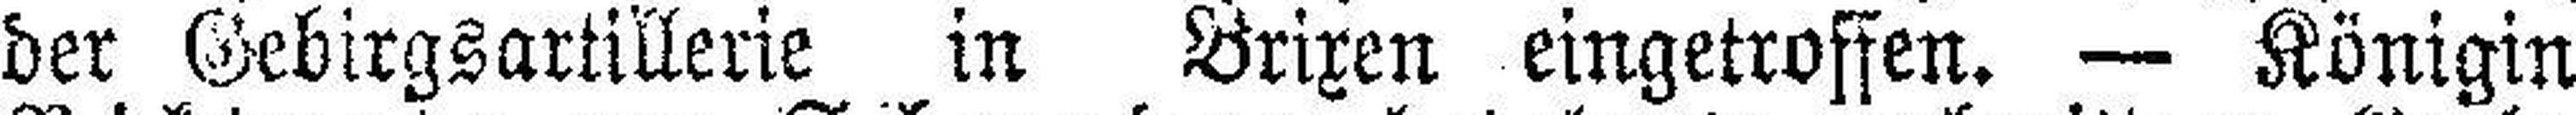
der Gebirgsartillerie in Brixen eingetroffen. — Königin